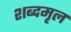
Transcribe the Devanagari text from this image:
शब्दमृल